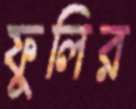
ফুলির